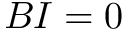
B I = 0